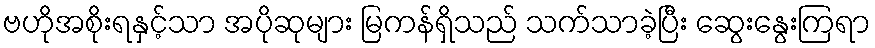
ဗဟိုအစိုးရနှင့်သာ အပိုဆုများ မြကန်ရှိသည် သက်သာခဲ့ပြီး ဆွေးနွေးကြရာ